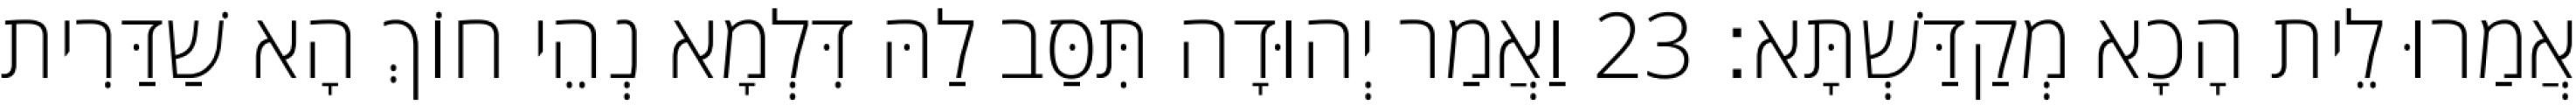
אֲמַרוּ לֵית הָכָא מְקַדַּשְׁתָּא׃ 23 וַאֲמַר יְהוּדָה תִּסַּב לַהּ דִּלְמָא נְהֵי חוֹךְ הָא שַׁדַּרִית